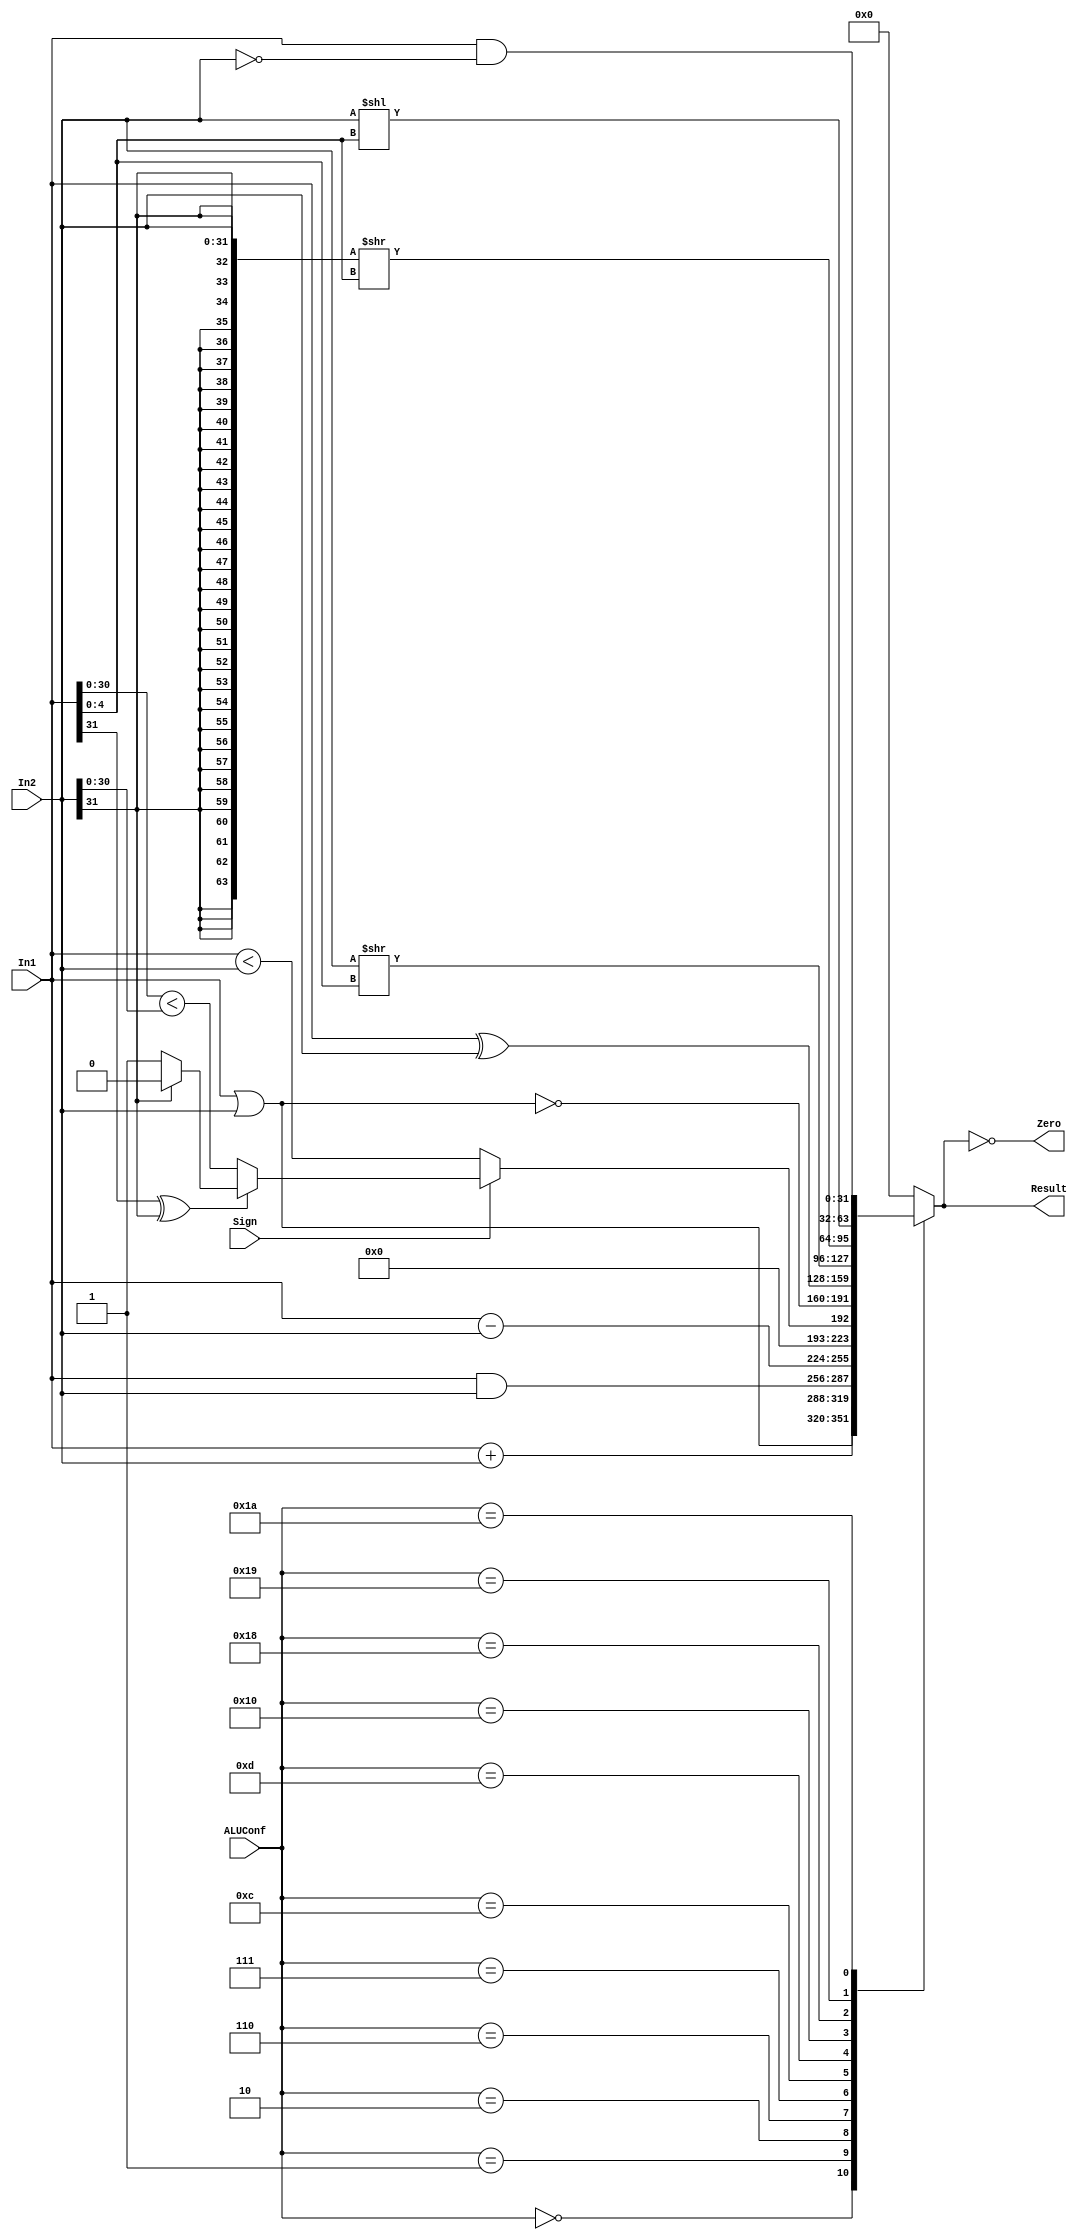
`timescale 1ns / 1ps
//////////////////////////////////////////////////////////////////////////////////
// Class: Fundamentals of Digital Logic and Processor
// Designer: Shulin Zeng
// 
// Design Name: MultiCycleCPU
// Module Name: ALU
// Project Name: Multi-cycle-cpu
// Target Devices: 
// Tool Versions: 
// Description: 
// 
// Dependencies: 
// 
// Revision:
// Revision 0.01 - File Created
// Additional Comments:
// 
//////////////////////////////////////////////////////////////////////////////////


module ALU(ALUConf, Sign, In1, In2, Zero, Result);
    // Control Signals
    input [4:0] ALUConf;
    input Sign;
    // Input Data Signals
    input [31:0] In1;
    input [31:0] In2;
    // Output 
    output Zero;
    output reg [31:0] Result;

    //Zero logic
    assign Zero = (Result == 0);

    //ALU logic
    wire ss;
	assign ss = {In1[31], In2[31]};
	
	wire lt_31;
	assign lt_31 = (In1[30:0] < In2[30:0]);
	
	wire lt_signed;
	assign lt_signed = (In1[31] ^ In2[31])? 
		((ss == 2'b01)? 0: 1): lt_31;

    always @(*) begin
		case (ALUConf)
			5'b00000: Result <= In1 + In2;
			5'b00001: Result <= In1 | In2;
			5'b00010: Result <= In1 & In2;
			5'b00110: Result <= In1 - In2;
			5'b00111: Result <= {31'h00000000, Sign? lt_signed: (In1 < In2)};
			5'b01100: Result <= ~(In1 | In2);
			5'b01101: Result <= In1 ^ In2;
			5'b10000: Result <= (In2 >> In1[4:0]);
			5'b11000: Result <= ({{32{In2[31]}}, In2} >> In1[4:0]);
            5'b11001: Result <= (In2 << In1[4:0]);
			5'b11010: Result <= In1 & ~In2;
			default: Result <= 32'h00000000;
		endcase
    end

endmodule